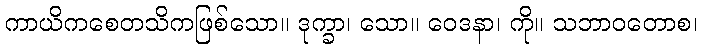
ကာယိကစေတသိကဖြစ်သော။ ဒုက္ခာ၊ သော။ ဝေဒနာ၊ ကို။ သဘာဝတောစ၊